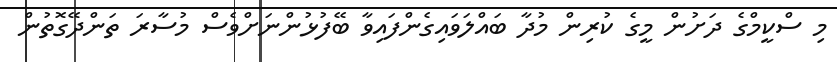
މި ސްކީމްގެ ދަށުން މީގެ ކުރިން މުދާ ބައްލަވައިގެންފައިވާ ބޭފުޅުންނަށްވެސް މުސާރަ ތަންދޭގޮތުން